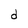
Character: d